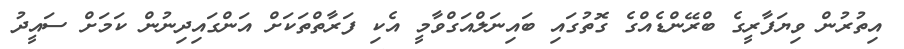
އިތުރުން ވިޔަފާރީގެ ބްރޭންޑެއްގެ ގޮތުގައި ބައިނަލްއަގްވާމީ އެކި ފަރާތްތަކަށް އަންގައިދިނުން ކަމަށް ސައީދު